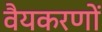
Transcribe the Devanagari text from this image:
वैयकरणों